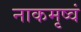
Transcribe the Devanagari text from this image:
नाकमृष्वं